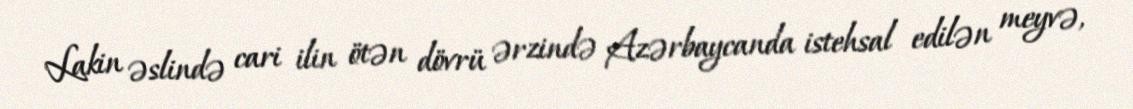
Lakin əslində cari ilin ötən dövrü ərzində Azərbaycanda istehsal edilən meyvə,